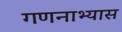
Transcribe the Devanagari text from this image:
गणनाभ्यास